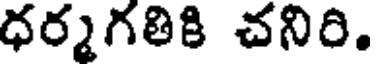
ధర్మగతికి చనిరి.